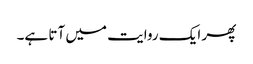
پھر ایک روایت میں آتا ہے۔